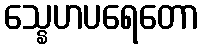
သ္နေဟပရေတော